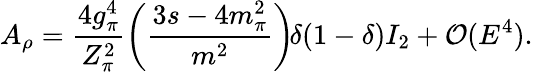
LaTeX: A_{\rho}=\frac{4g_{\pi}^{4}}{Z_{\pi}^{2}}\left(\frac{3s-4m_{\pi}^{2}}{m^{2}}\right)\! \delta(1-\delta)I_{2}+{\cal O}(E^{4}).